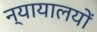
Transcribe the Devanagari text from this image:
न्यायालयोंं